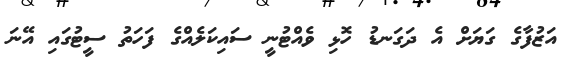
އަޒުފާގެ ގަޔަށް އެ ދަގަނޑު ހޮޅި ވެއްޓުނީ ސައިކަލެއްގެ ފަހަތު ސީޓުގައި އޭނަ